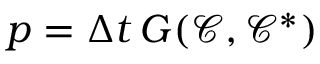
p = \Delta t \, G ( \mathcal { C } , \mathcal { C } ^ { * } )